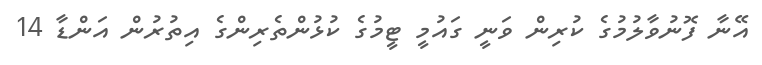
އޭނާ ފޮނުވާލުމުގެ ކުރިން ވަނީ ގައުމީ ޓީމުގެ ކުޅުންތެރިންގެ އިތުރުން އަންޑާ 14